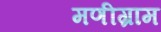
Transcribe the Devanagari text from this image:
मणीग्राम